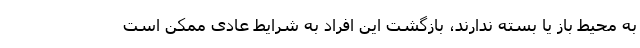
به محیط باز یا بسته ندارند، بازگشت این افراد به شرایط عادی ممکن است